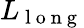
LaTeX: L_{\mathrm{~l~o~n~g~}}